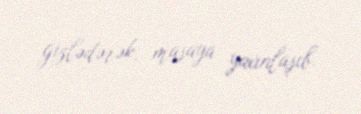
gizlədərək, masaya yaxınlaşıb.